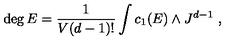
\deg E = \frac { 1 } { V ( d - 1 ) ! } \int c _ { 1 } ( E ) \wedge J ^ { d - 1 } \ ,